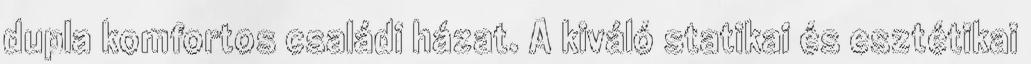
dupla komfortos családi házat. A kiváló statikai és esztétikai